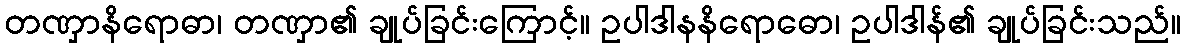
တဏှာနိရောဓာ၊ တဏှာ၏ ချုပ်ခြင်းကြောင့်။ ဥပါဒါနနိရောဓော၊ ဥပါဒါန်၏ ချုပ်ခြင်းသည်။